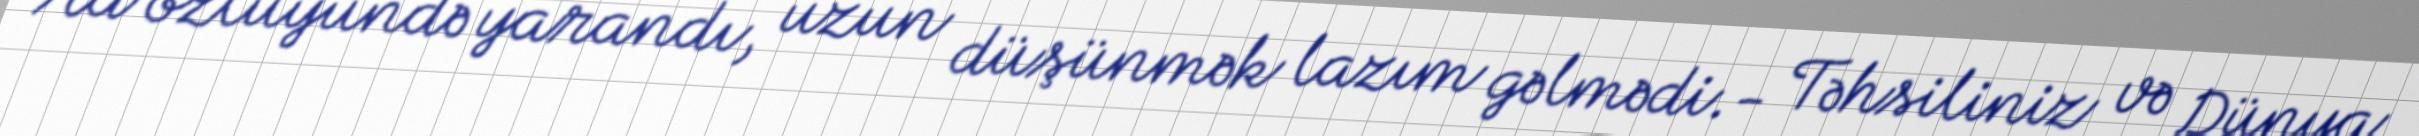
Ad özlüyündə yarandı, uzun düşünmək lazım gəlmədi.- Təhsiliniz və Dünya